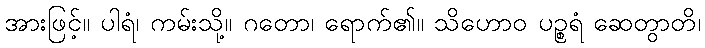
အားဖြင့်။ ပါရံ၊ ကမ်းသို့။ ဂတော၊ ရောက်၏။ သိဟောဝ ပဉ္စရံ ဆေတွာတိ၊